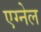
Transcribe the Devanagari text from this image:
एग्नेल